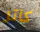
كاتر